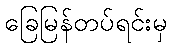
ခြေမြန်တပ်ရင်းမှ